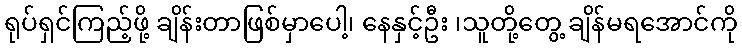
ရုပ်ရှင်ကြည့်ဖို့ ချိန်းတာဖြစ်မှာပေါ့၊ နေနှင့်ဦး ၊သူတို့တွေ့ ချိန်မရအောင်ကို